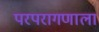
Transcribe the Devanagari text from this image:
परपरागणाला